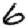
Digit: 6